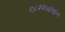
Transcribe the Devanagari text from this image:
९८२२७६५६०१